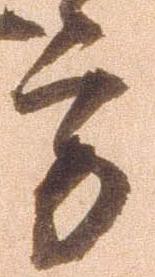
方